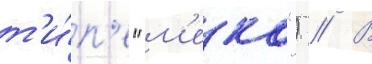
т'и́п'е "м'еко") // В